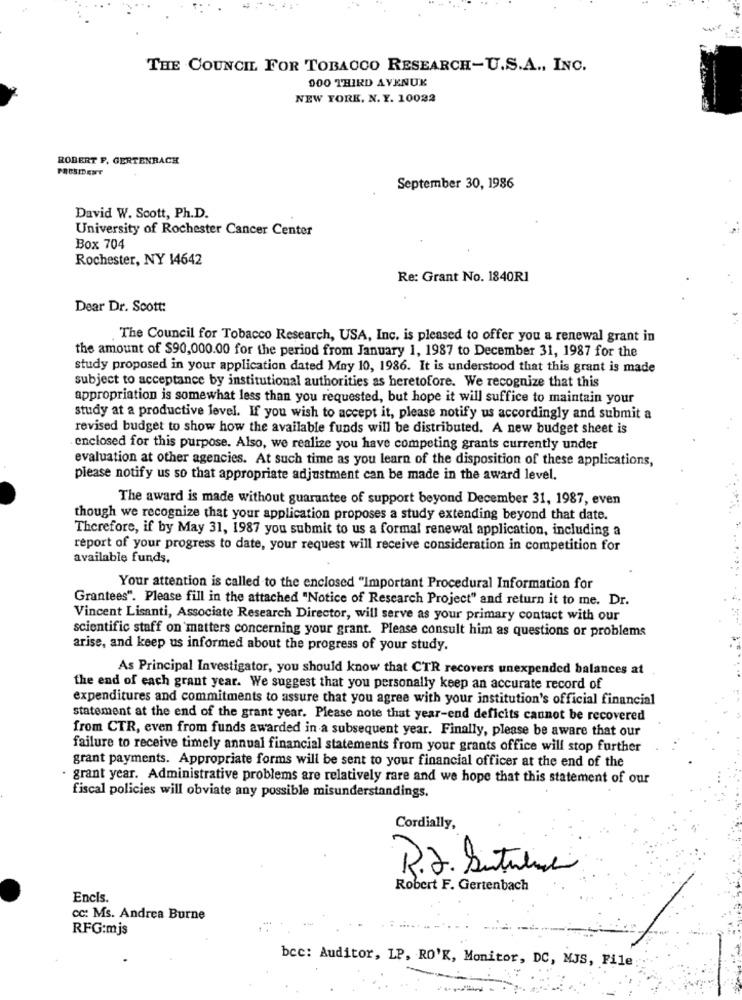
THE COUNCIL FOR TOBACCO RESEARCH-U.S.A ., INC.
000 THIRD AVENUE
NEW YORK, N. Y. 10022
ROBERT F. GERTENRACH
PRESIDENT
September 30, 1986
David W. Scott, Ph.D.
University of Rochester Cancer Center
Box 704
Rochester, NY 14642
Re: Grant No. 1840R1
Dear Dr. Scott:
The Council for Tobacco Research, USA, Inc. is pleased to offer you a renewal grant in
the amount of $90,000.00 for the period from January 1, 1987 to December 31, 1987 for the
study proposed in your application dated May 10, 1986. It is understood that this grant is made
subject to acceptance by institutional authorities as heretofore. We recognize that this
appropriation is somewhat less than you requested, but hope it will suffice to maintain your
study at a productive level. If you wish to accept it, please notify us accordingly and submit a
revised budget to show how the available funds will be distributed. A new budget sheet is
enclosed for this purpose. Also, we realize you have competing grants currently under
evaluation at other agencies. At such time as you learn of the disposition of these applications,
please notify us so that appropriate adjustment can be made in the award level,
The award is made without guarantee of support beyond December 31, 1987, even
though we recognize that your application proposes a study extending beyond that date.
Therefore, if by May 31, 1987 you submit to us a formal renewal application, including a
report of your progress to date, your request will receive consideration in competition for
available funds.
Your attention is called to the enclosed "Important Procedural Information for
Grantees". Please fill in the attached "Notice of Research Project" and return it to me. Dr.
Vincent Lisanti, Associate Research Director, will serve as your primary contact with our
scientific staff on matters concerning your grant. Please consult him as questions or problems
arise, and keep us informed about the progress of your study.
As Principal Investigator, you should know that CTR recovers unexpended balances at
the end of each grant year. We suggest that you personally keep an accurate record of
expenditures and commitments to assure that you agree with your institution's official financial
statement at the end of the grant year. Please note that year-end deficits cannot be recovered
from CTR, even from funds awarded in a subsequent year. Finally, please be aware that our
failure to receive timely annual financial statements from your grants office will stop further
grant payments. Appropriate forms will be sent to your financial officer at the end of the
grant year. Administrative problems are relatively rare and we hope that this statement of our
fiscal policies will obviate any possible misunderstandings.
Cordially,
R.J. Sutulina
Robert F. Gertenbach
Encis.
cc: Ms. Andrea Burne
RFG:mjs
bcc: Auditor, LP, RO'K, Monitor, DC, MJS, File